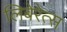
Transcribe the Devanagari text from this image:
लिबेरेत्स